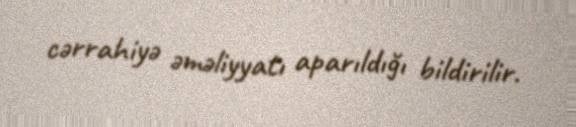
cərrahiyə əməliyyatı aparıldığı bildirilir.